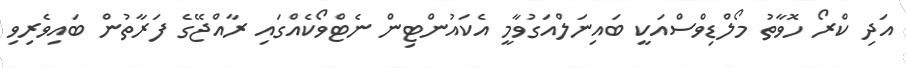
އަދި ކްރޯ ހޮވާތު މޯލްޑިވްސްއަކީ ބައިނަލްއަގުވާމީ އެކައުންޓިން ނެޓްވޯކެއްގައި ރާއްޖޭގެ ފަރާތުން ބައިވެރިވި